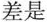
差是